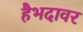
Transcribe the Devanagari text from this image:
हैभदावर